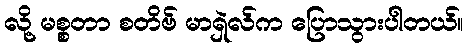
လို့ မစ္စတာ စတိဗ် မာရှဲလ်က ပြောသွားပါတယ်။